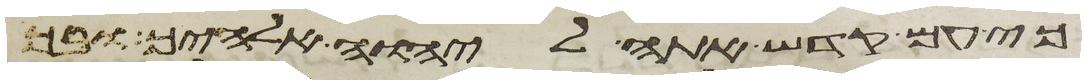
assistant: כי עם קדש אתה ליהוה אלהיך ובך